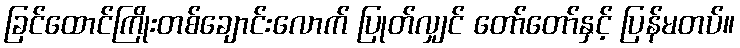
ခြင်ထောင်ကြိုးတစ်ချောင်းလောက် ပြုတ်လျှင် တော်တော်နှင့် ပြန်မတပ်။